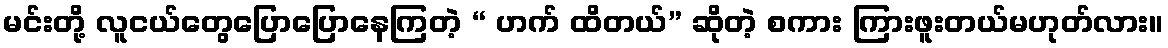
မင်းတို့ လူငယ်တွေပြောပြောနေကြတဲ့ “ ဟက် ထိတယ်” ဆိုတဲ့ စကား ကြားဖူးတယ်မဟုတ်လား။